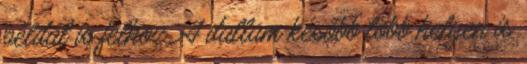
példát is felhoz. A dallam később több helyen is